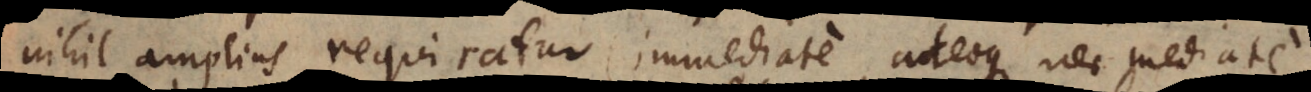
nihil amplius requiratur immediate, adeoque nec mediate,